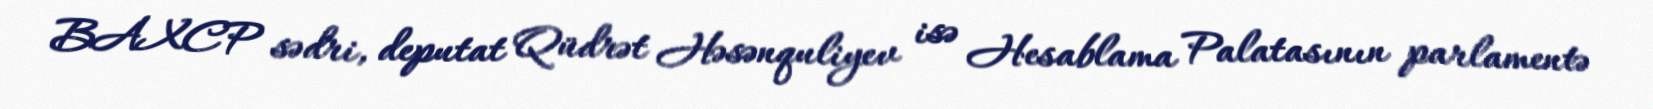
BAXCP sədri, deputat Qüdrət Həsənquliyev isə Hesablama Palatasının parlamentə